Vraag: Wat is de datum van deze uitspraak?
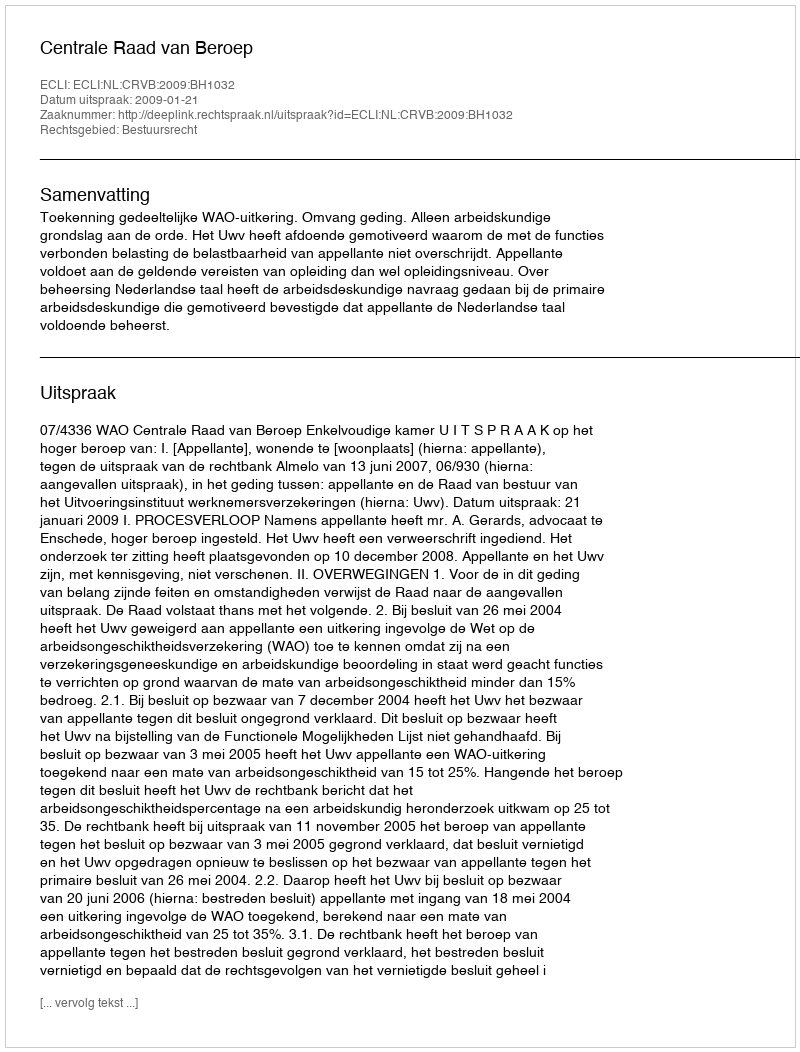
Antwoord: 2009-01-21